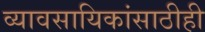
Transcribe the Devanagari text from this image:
व्यावसायिकांसाठीही